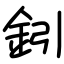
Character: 鈏